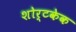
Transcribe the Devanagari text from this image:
शोर्टकेक